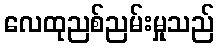
လေထုညစ်ညမ်းမှုသည်